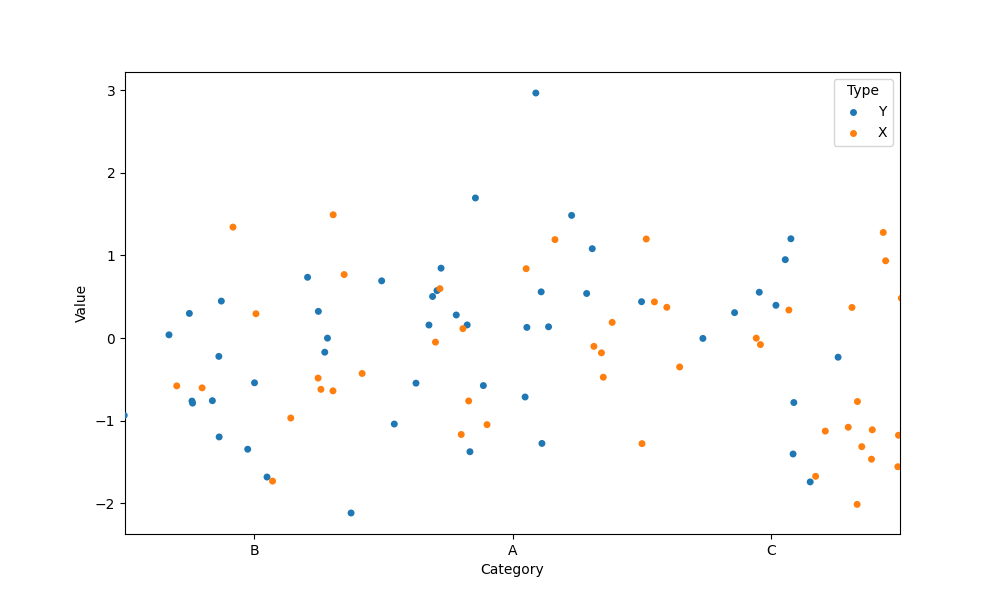
python, seaborn, stripplot, jitter=True, dodge=True, alpha=1.0, size=5